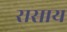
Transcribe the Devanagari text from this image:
रासाय